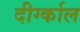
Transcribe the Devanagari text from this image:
दीर्ग्काल